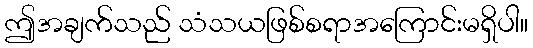
ဤအချက်သည် သံသယဖြစ်စရာအကြောင်းမရှိပါ။